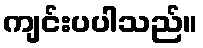
ကျင်းပပါသည်။